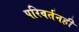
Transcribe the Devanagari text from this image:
परिवर्तनही